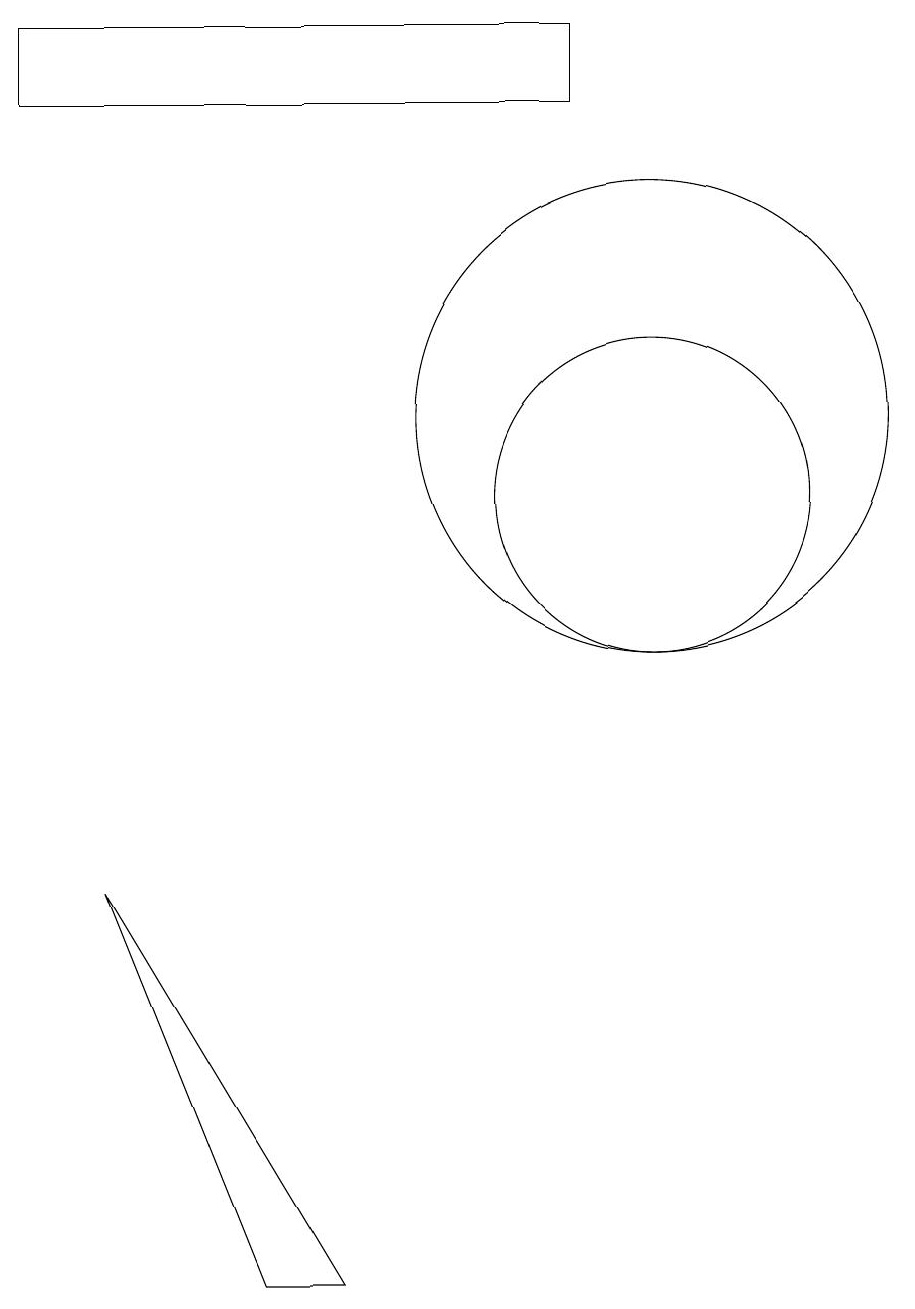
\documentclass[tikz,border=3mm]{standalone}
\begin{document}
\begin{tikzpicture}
\draw (3,6) -- (5,1) -- (6,1) -- cycle;
\draw (10,11) circle (2);
\draw (9,16) rectangle (2,17);
\draw (10,12) circle (3);
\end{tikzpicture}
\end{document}